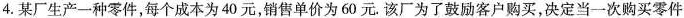
4.某厂生产一种零件，每个成本为40元，销售单价为60元。该厂为了鼓励客户购买，决定当一次购买零件